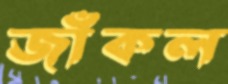
জাঁকল